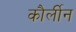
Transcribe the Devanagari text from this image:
कौर्लीन